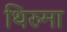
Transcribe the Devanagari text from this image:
थिरुमा